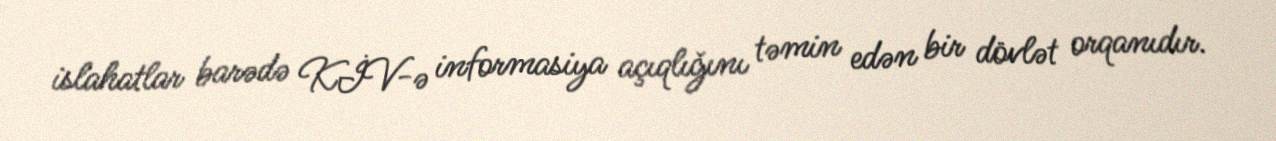
islahatlar barədə KİV-ə informasiya açıqlığını təmin edən bir dövlət orqanıdır.